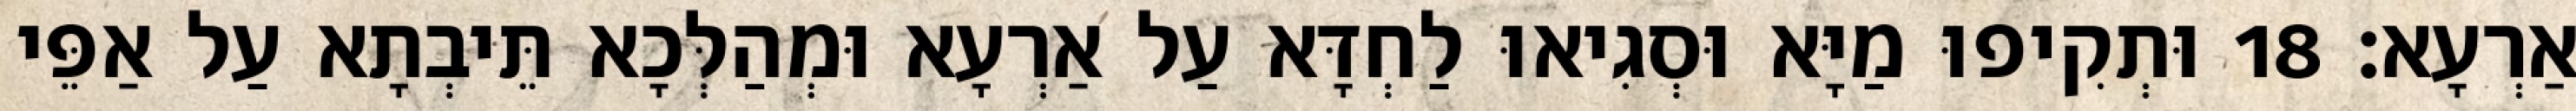
אַרְעָא׃ 18 וּתְקִיפוּ מַיָּא וּסְגִיאוּ לַחְדָּא עַל אַרְעָא וּמְהַלְּכָא תֵּיבְתָא עַל אַפֵּי